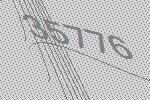
35776